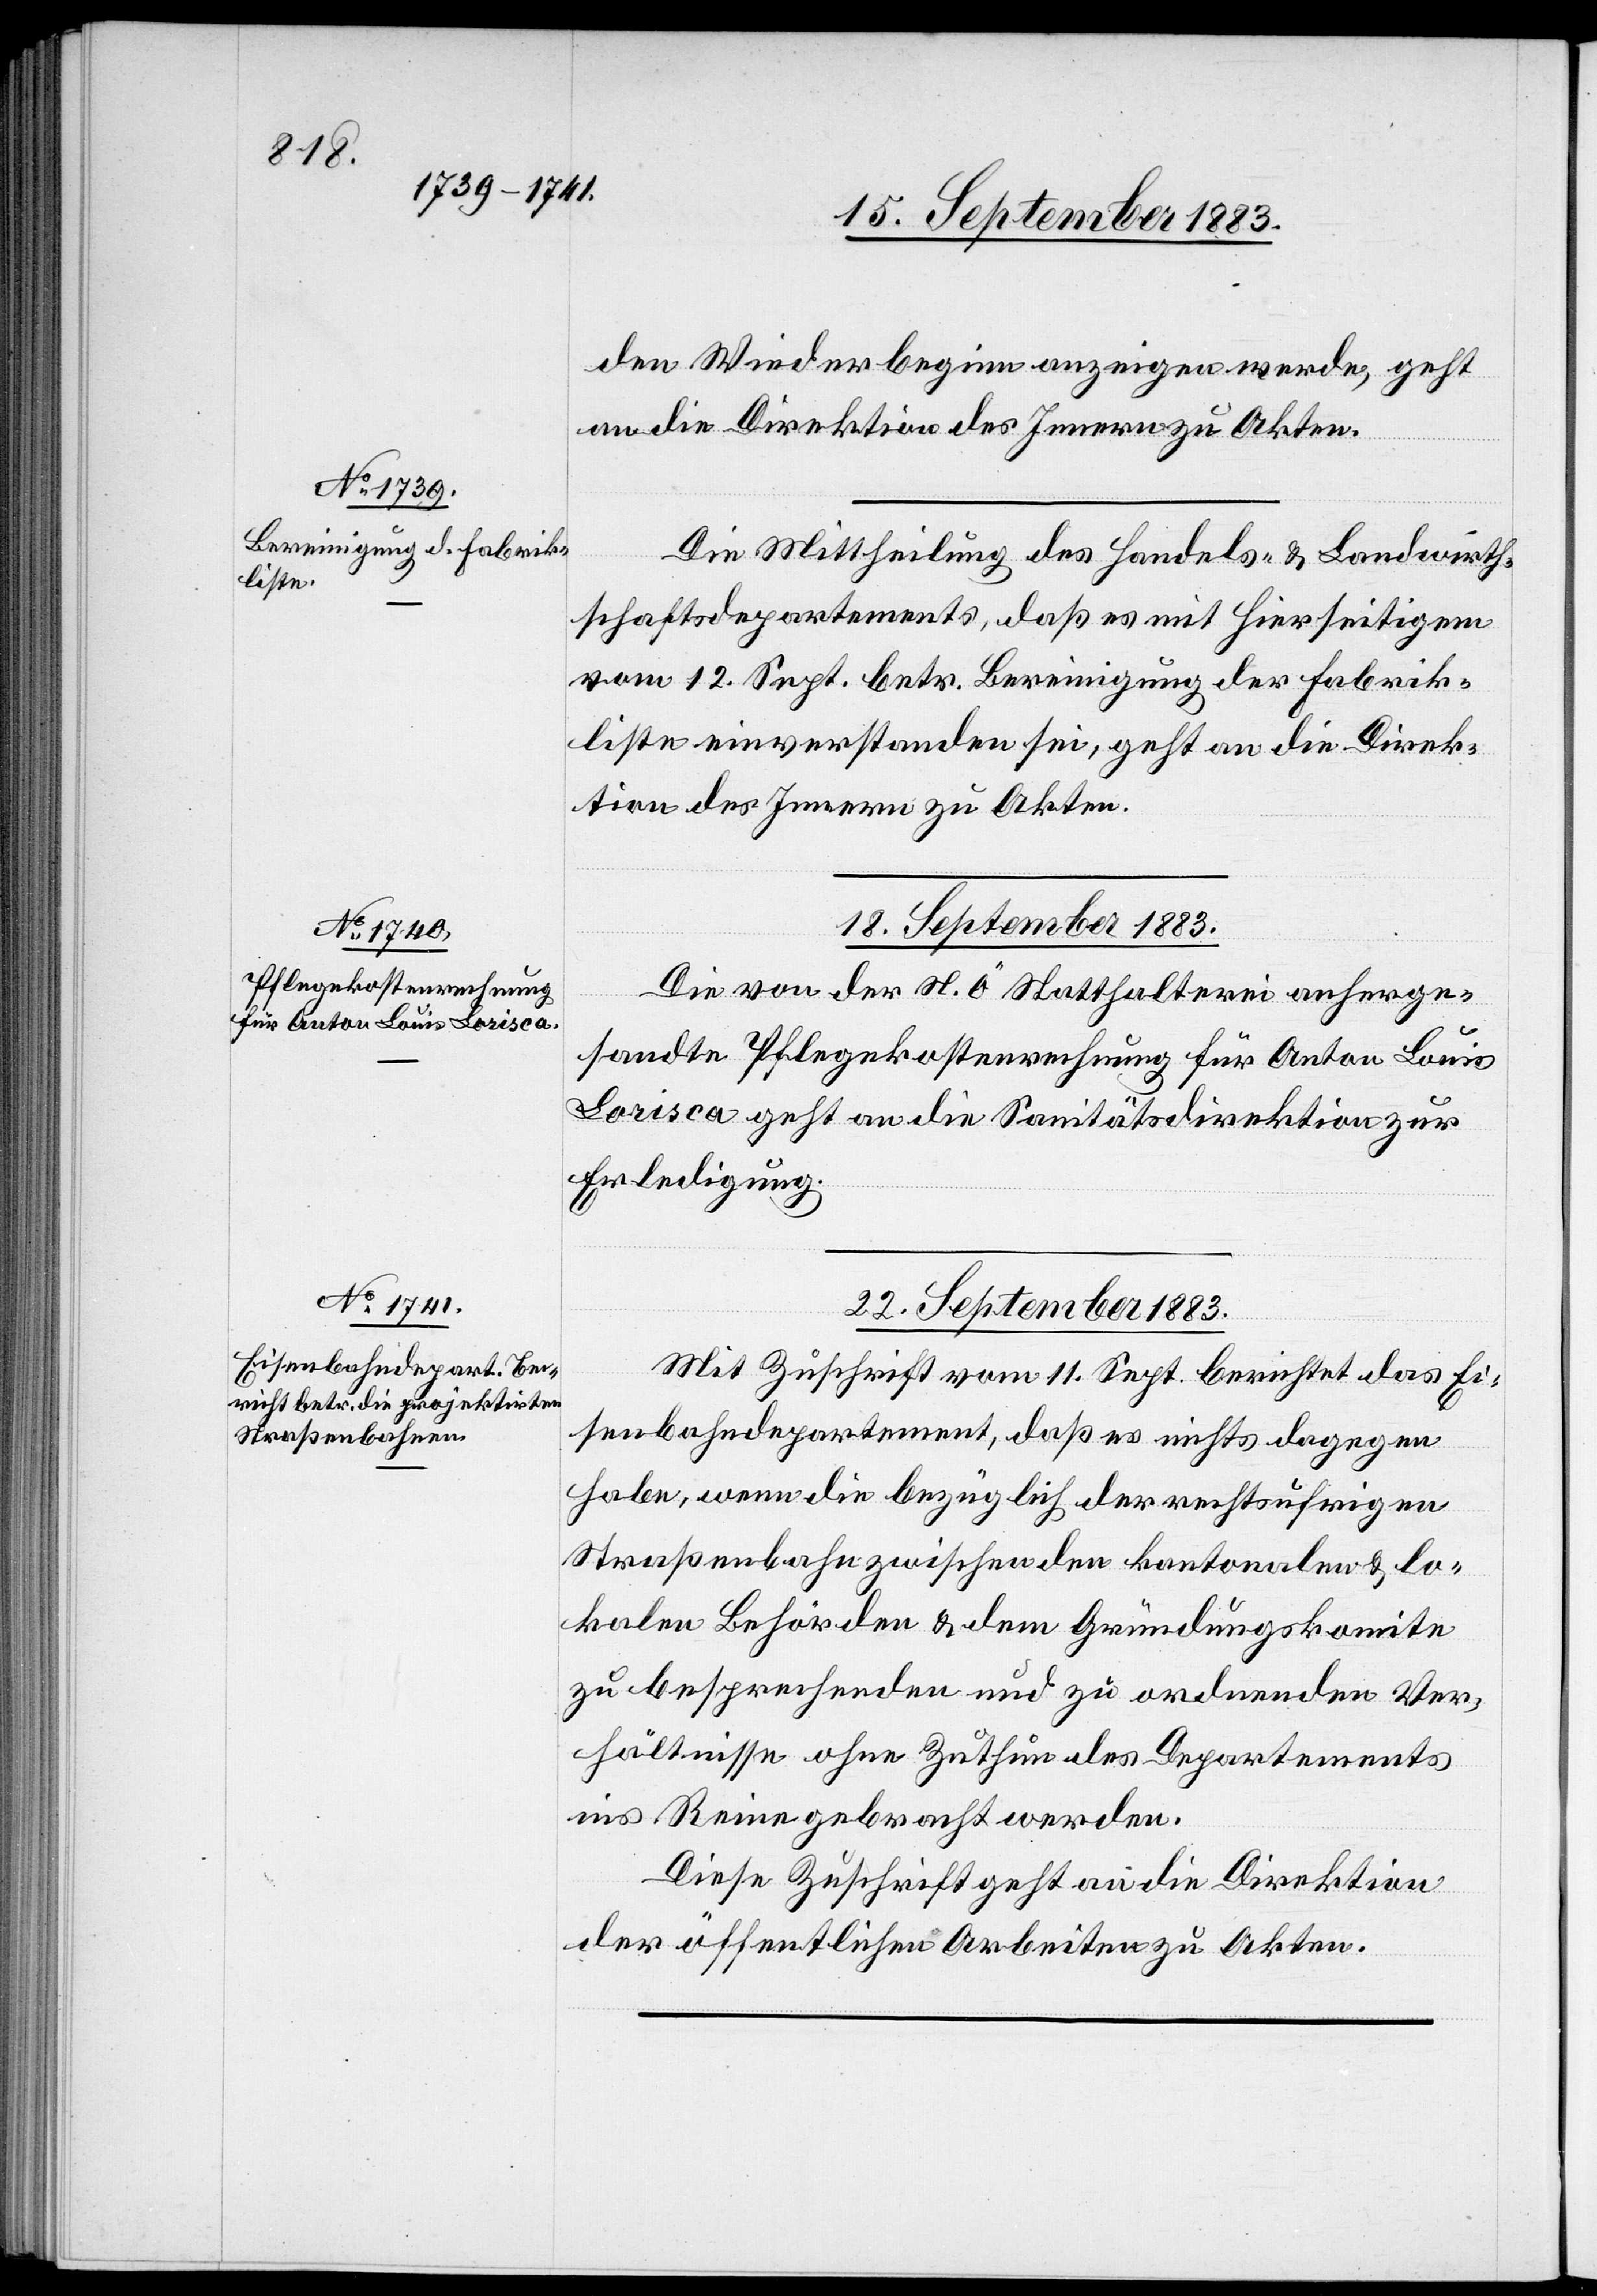
17. September 1883.]
den Wiederbeginn anzeigen werde, geht
an die Direktion des Innern zu Akten.
Die Mittheilung des Handels- & Landwirth¬
schaftsdepartement, daß es mit Hierseitigem
vom 12. Sept. betr. Bereinigung der Fabrik¬
liste einverstanden sei, geht an die Direk¬
tion des Innern zu Akten.
18. September 1883.
Die von der N. Ö. Statthalterei anherge¬
sandte Pflegekostenrechnung für Anton Louis
Lorisca geht an die Sanitätsdirektion zur
Erledigung.
22. September 1883.
Mit Zuschrift vom 11. Sept. berichtet das Ei¬
senbahndepartement, daß es nichts dagegen
habe, wenn die bezüglich der rechtsufrigen
Straßenbahn zwischen den kantonalen & lo¬
kalen Behörden & dem Gründungskomite
zu besprechenden und zu ordnenden Ver¬
hältnisse ohne Zuthun des Departements
ins Reine gebracht werden.
Diese Zuschrift geht an die Direktion
der öffentlichen Arbeiten zu Akten.